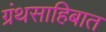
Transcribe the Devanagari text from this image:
ग्रंथसाहिबात